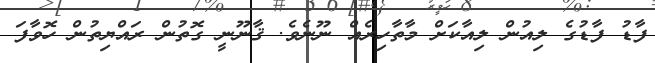
ފާޑު ފާޑުގެ ލިއުން ލިއާކަށް މާތާހިރެއް ނޫނެވެ. ޤާނޫނީ ގޮތުން ރައްޔިތުން ހޮވާފަ